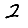
Digit: 2